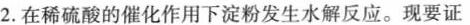
2.在稀硫酸的催化作用下淀粉发生水解反应。现要证